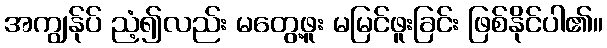
အကျွန်ုပ် ညံ့၍လည်း မတွေ့ဖူး မမြင်ဖူးခြင်း ဖြစ်နိုင်ပါ၏။